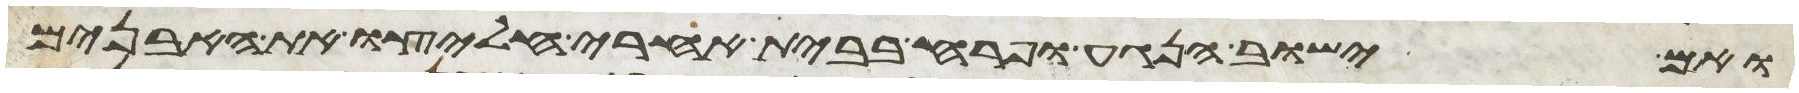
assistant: ואם ישוב הנגע ופרח בבית אחרי חלצו את האבנים